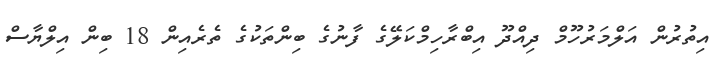
އިތުރުން އަލްމަރުހޫމް ދިއްދޫ އިބްރާހިމްކަލޭގެ ފާނުގެ ބިންތަކުގެ ތެރެއިން 18 ބިން އިލްޔާސް